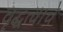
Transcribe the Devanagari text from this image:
वृद्धत्वाचे